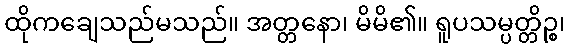
ထိုကချေသည်မသည်။ အတ္တနော၊ မိမိ၏။ ရူပသမ္ပတ္တိဉ္စ၊